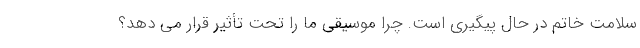
سلامت خاتم در حال پیگیری است. چرا موسیقی ما را تحت تأثیر قرار می دهد؟